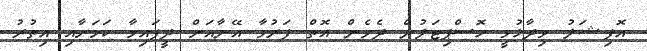
އޮފިޝަލު ވިދާޅުވީ ހޮސްޕިޓަލުން ދެވެން އޮތް ފަރުވާ އޭނާއަށް ދީފައިވާ ކަމަށާއި އިތުރު